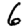
Digit: 6